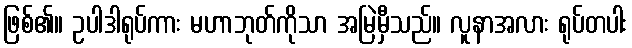
ဖြစ်၏။ ဥပါဒါရုပ်ကား မဟာဘုတ်ကိုသာ အမြဲမှီသည်။ လူနာအလား ရုပ်တပါး